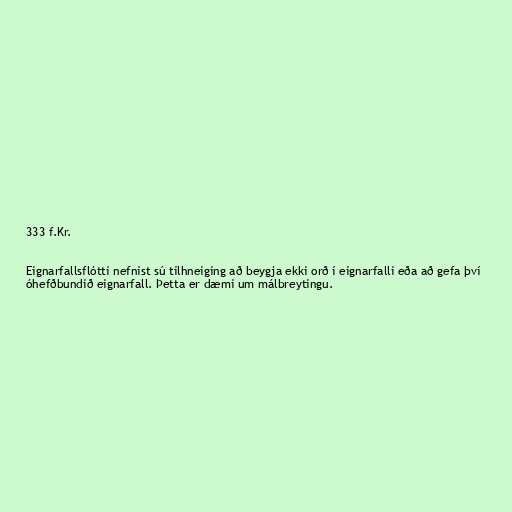
333 f.Kr.

Eignarfallsflótti nefnist sú tilhneiging að beygja ekki orð í eignarfalli eða að gefa því
óhefðbundið eignarfall. Þetta er dæmi um málbreytingu.